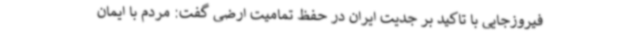
فیروزجایی با تاکید بر جدیت ایران در حفظ تمامیت ارضی گفت: مردم با ایمان